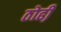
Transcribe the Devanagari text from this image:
ठोढी़